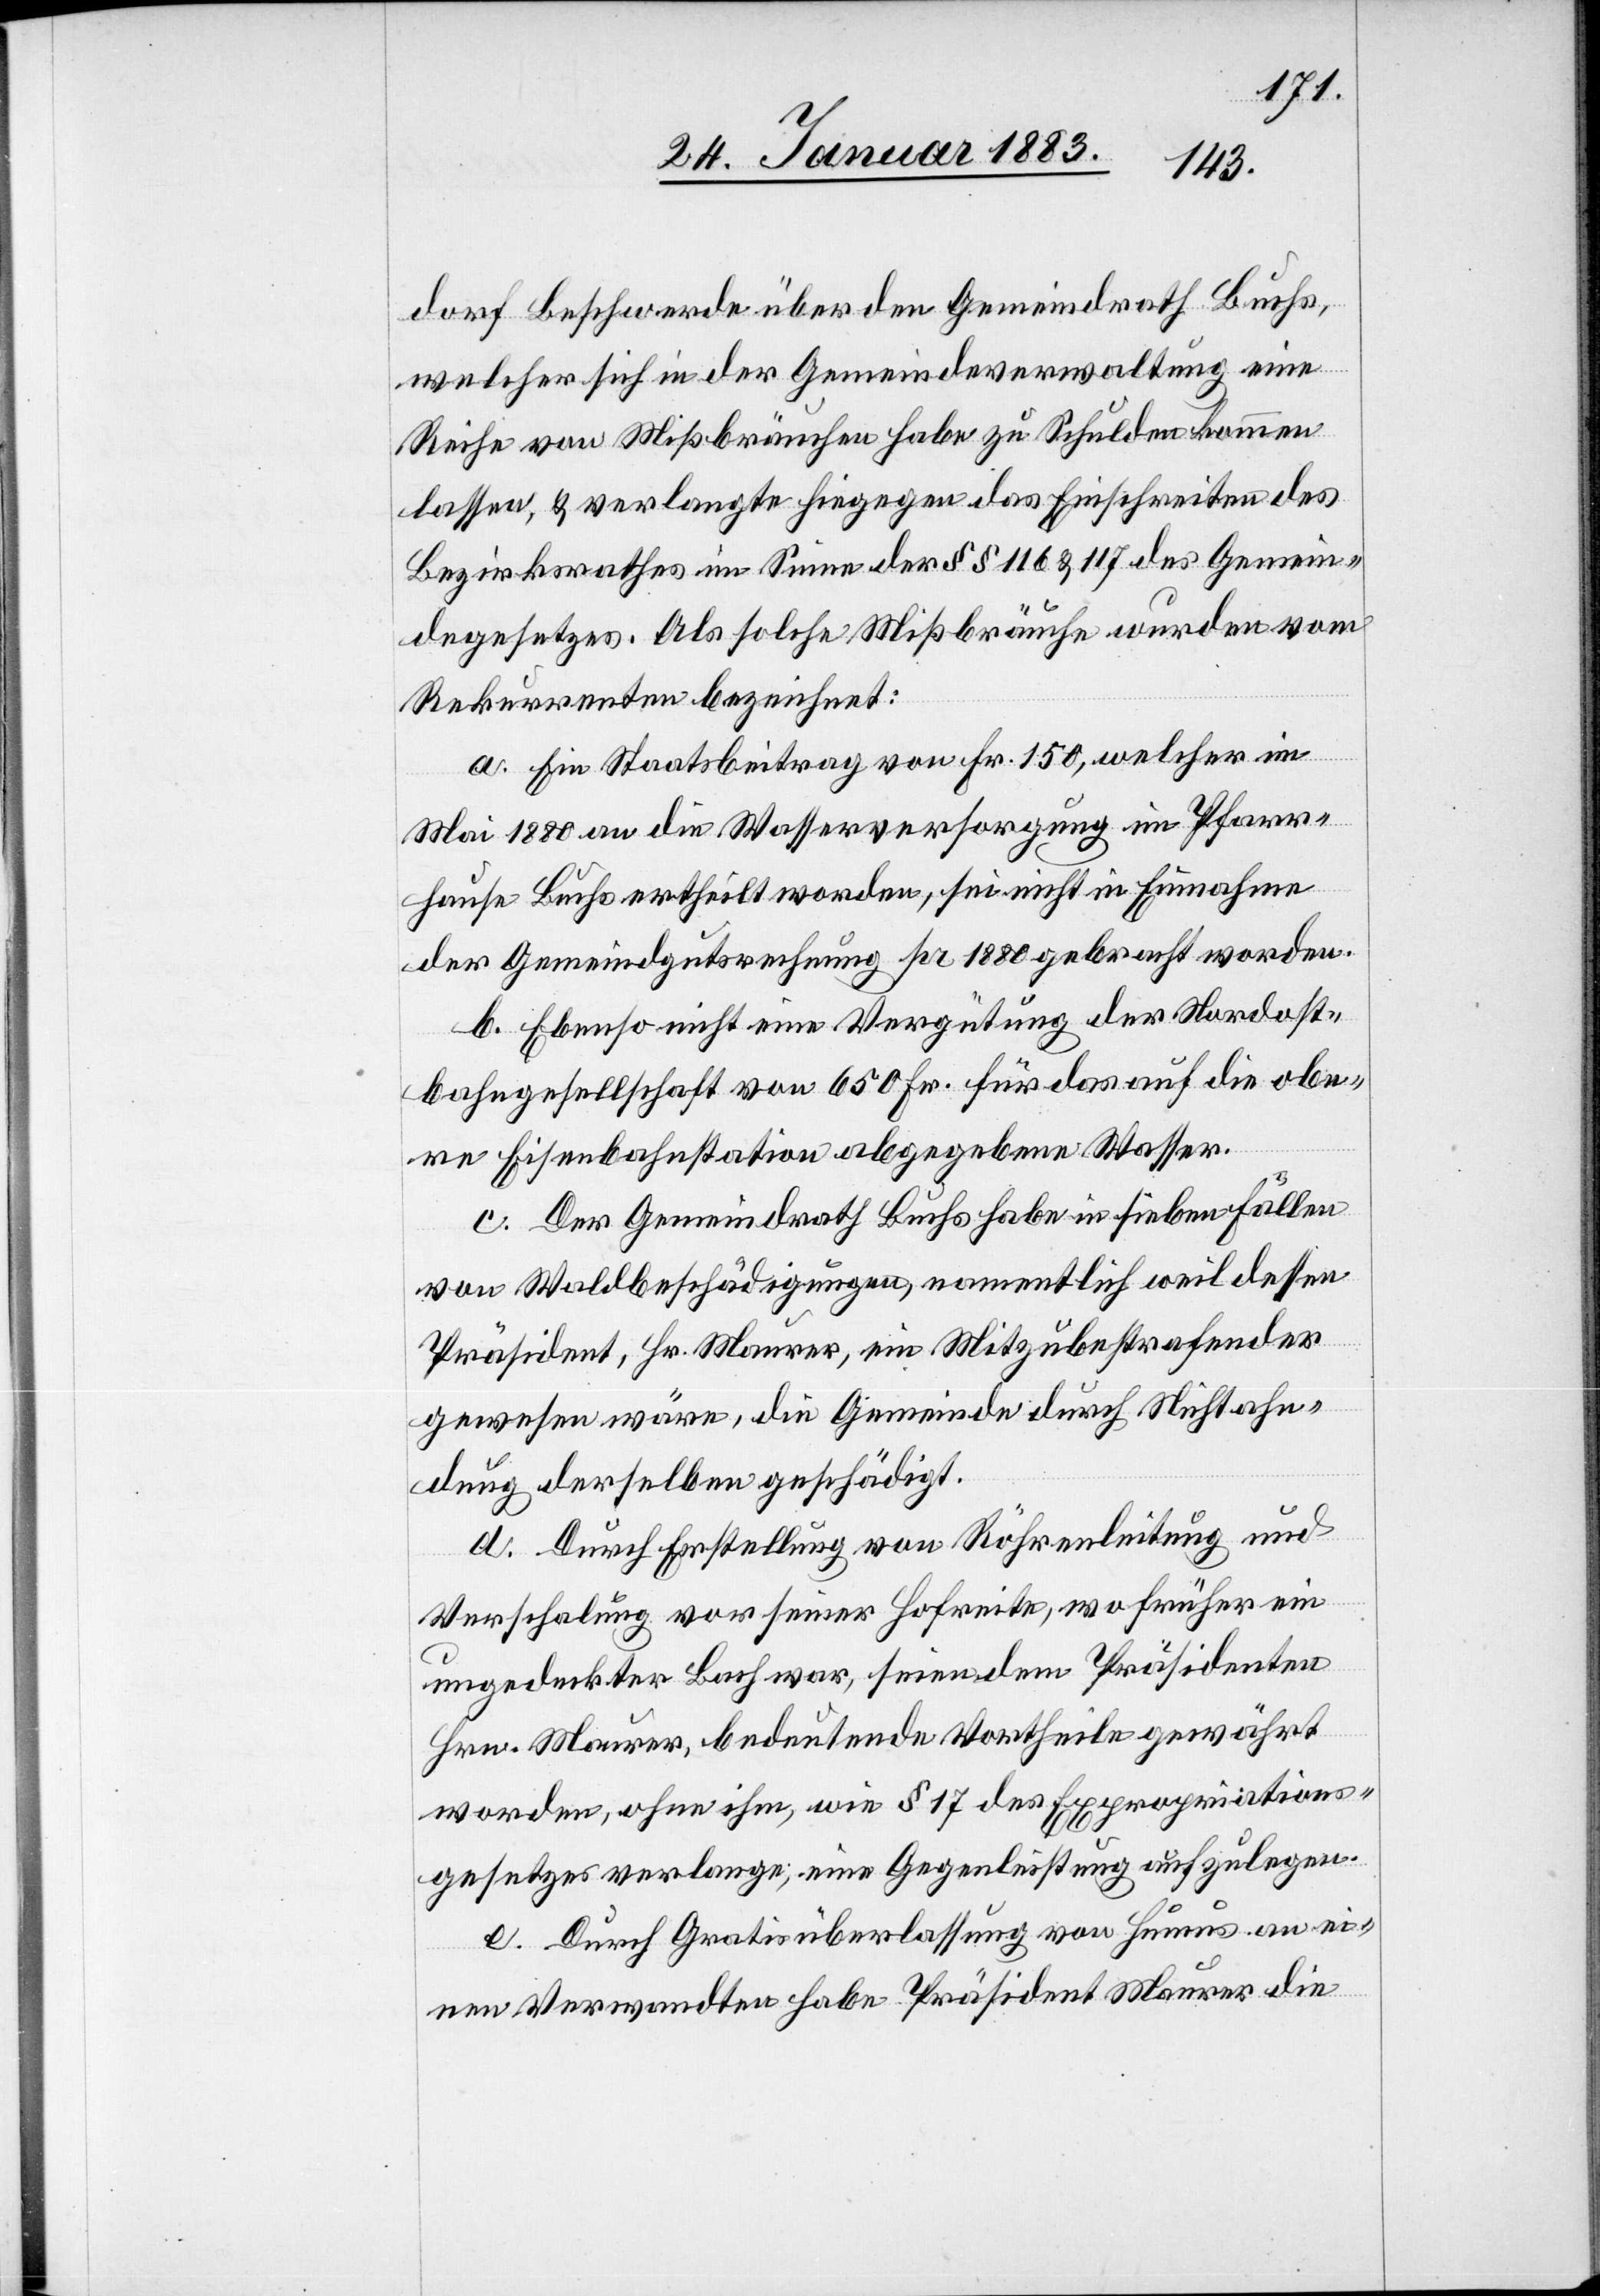
dorf Beschwerde über den Gemeindrath Buchs,
welcher sich in der Gemeindeverwaltung eine
Reihe von Mißbräuchen habe zu Schulden kommen
lassen, & verlangte hiegegen das Einschreiten des
Bezirksrathes im Sinne der §§ 116 & 117 des Gemein¬
degesetzes. Als solche Mißbräuche wurden vom
Rekurrenten bezeichnet:
a. Ein Staatsbeitrag von Fr. 150, welcher im
Mai 1880 an die Wasserversorgung im Pfarr¬
hause Buchs ertheilt worden, sei nicht in Einnahme
der Gemeindgutsrechung pr 1880 gebracht worden.
b. Ebenso nicht eine Vergütung der Nordost¬
bahngesellschaft von 650 Fr. für das auf die obe¬
re Eisenbahnstation abgegebene Wasser.
c. Der Gemeindrath Buchs habe in sieben Fällen
von Waldbeschädigungen, namentlich weil dessen
Präsident, Hr. Maurer, ein Mitzubestrafender
gewesen wäre, die Gemeinde durch Nichtahn¬
dung derselben geschädigt.
d. Durch Erstellung von Röhrenleitung und
Verschalung vor seiner Hofreite, wo früher ein
ungedeckter Bach war, seien dem Präsidenten
Hrn. Maurer, bedeutende Vortheile gewährt
worden, ohne ihm, wie § 17 des Expropriations¬
gesetzes verlange, eine Gegenleistung aufzulegen.
e. Durch Gratisüberlassung von Humus an ei¬
nen Verwandten habe Präsident Maurer die